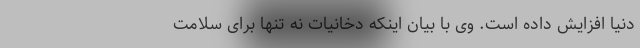
دنیا افزایش داده است. وی با بیان اینکه دخانیات نه تنها برای سلامت